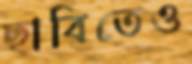
ছাবিতেও